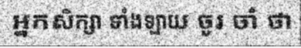
អ្នកសិក្សា ទាំងឡាយ ចូរ ចាំ ថា